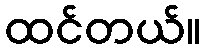
ထင်တယ်။